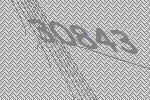
30843